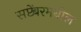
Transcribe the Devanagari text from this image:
सप्टेंबरमधील